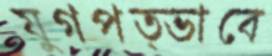
যুগপত্ভাবে